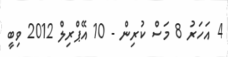
4 އަހަރު 8 މަސް ކުރިން - 10 އޭޕްރިލް 2012 ވިބީ